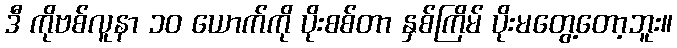
ဒီ ကိုဗစ်လူနာ ၁ဝ ယောက်ကို ပိုးစစ်တာ နှစ်ကြိမ် ပိုးမတွေ့တော့ဘူး။